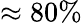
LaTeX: \approx 80\%